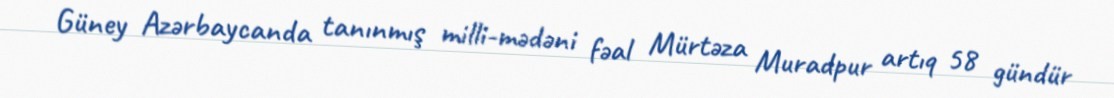
Güney Azərbaycanda tanınmış milli-mədəni fəal Mürtəza Muradpur artıq 58 gündür